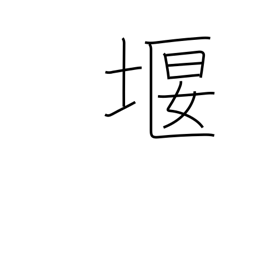
Meaning: prevent